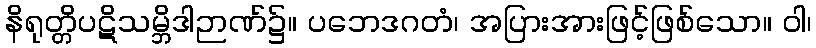
နိရုတ္တိပဋိသမ္ဘိဒါဉာဏ်၌။ ပဘေဒဂတံ၊ အပြားအားဖြင့်ဖြစ်သော။ ဝါ၊